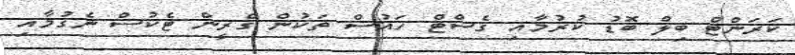
ކަރަންޓް ބިލް ބޮޑު ކުރުމާއި ގެސްޓް ހައުސް ތަކުން ގްރީން ޓެކުސް ނެގުމާއި